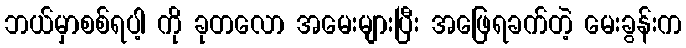
ဘယ်မှာစစ်ရပါ့ ကို ခုတလော အမေးများပြီး အဖြေရခက်တဲ့ မေးခွန်းက